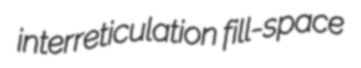
interreticulation fill-space